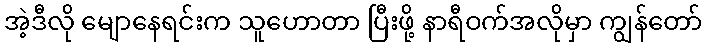
အဲ့ဒီလို မျောနေရင်းက သူဟောတာ ပြီးဖို့ နာရီဝက်အလိုမှာ ကျွန်တော်